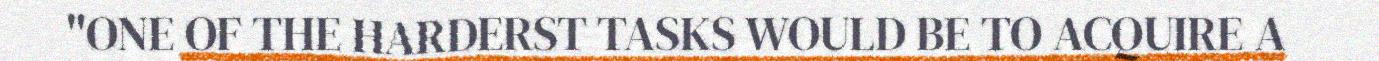
"ONE OF THE HARDERST TASKS WOULD BE TO ACQUIRE A